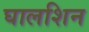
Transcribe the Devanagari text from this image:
घालशिन